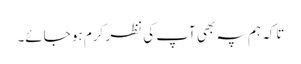
تاکہ ہم پہ بھی آپ کی نظر کرم ہو جائے۔